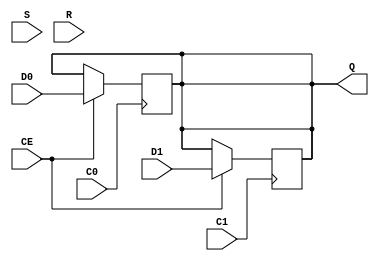
// pathetic model of Spartan3 DDR output cell
// ignores set and reset inputs
`timescale 1ns / 1ns
module FDDRRSE(input S, input R,
	input D0, input D1, input CE, input C0, input C1, output reg Q);

always @(posedge C0) if (CE) Q <= D0;
always @(posedge C1) if (CE) Q <= D1;

endmodule